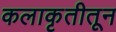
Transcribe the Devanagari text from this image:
कलाकृतीतून